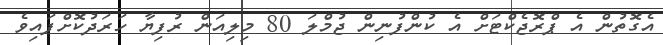
އެގޮތުން އެ ޕްރޮޖެކްޓަށް އެ ކުންފުނިން ޖުމްލަ 80 މިލިއަން ރުފިޔާ ހަރަދުކޮށްފައިވެ